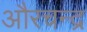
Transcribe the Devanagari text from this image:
औरचन्द्र